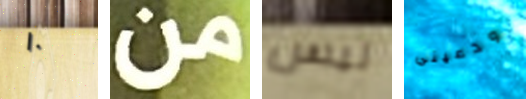
١٠ من ليس ودعيني